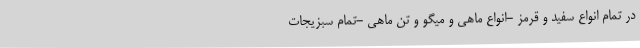
در تمام انواع سفید و قرمز -انواع ماهی و میگو و تن ماهی -تمام سبزیجات